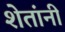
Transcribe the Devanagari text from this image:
शेतांनी